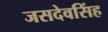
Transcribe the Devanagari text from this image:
जसदेवसिंह